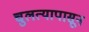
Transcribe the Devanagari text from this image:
चुलत्यापासून